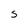
Character: S